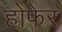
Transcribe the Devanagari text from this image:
होफेर